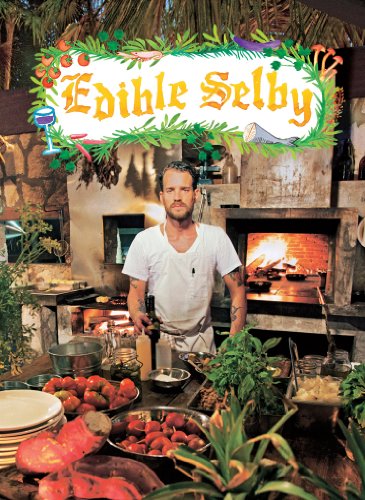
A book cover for Edible Selby; Todd Selby; Arts & Photography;